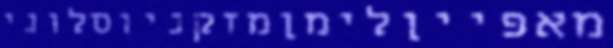
מאפייןלימןמזקניוסלוני